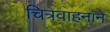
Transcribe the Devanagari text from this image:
चित्रवाहनाने